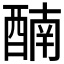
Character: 𨡯